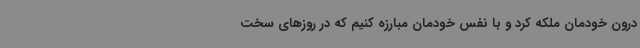
درون خودمان ملکه کرد و با نفس خودمان مبارزه کنیم که در روزهای سخت